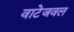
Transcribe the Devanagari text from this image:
वाटेजवल